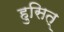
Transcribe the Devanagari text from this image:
हुसित्